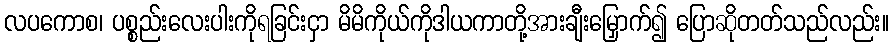
လပကောစ၊ ပစ္စည်းလေးပါးကိုရခြင်းငှာ မိမိကိုယ်ကိုဒါယကာတို့အားချီးမြှောက်၍ ပြောဆိုတတ်သည်လည်း။